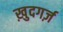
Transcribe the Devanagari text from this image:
ख़ुदगर्ज़